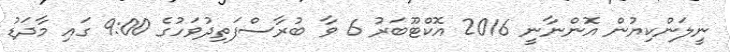
ނީލަންކިޔުން އޮންނާނީ 2016 އޮކްޓޫބަރު 6 ވާ ބުރާސްފަތިދުވަހުގެ 9:00 ގައި މާދަޑު